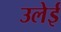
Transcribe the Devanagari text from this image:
उलेई